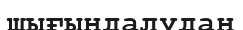
шығындалудан